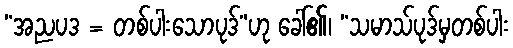
“အညပဒ = တစ်ပါးသောပုဒ်”ဟု ခေါ်၏၊ “သမာသ်ပုဒ်မှတစ်ပါး